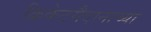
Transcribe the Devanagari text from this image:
क्रिकेटमैदानाच्या